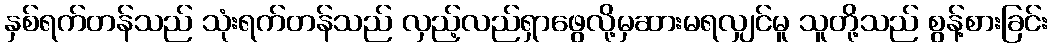
နှစ်ရက်တန်သည် သုံးရက်တန်သည် လှည့်လည်ရှာဖွေလို့မှဆားမရလျှင်မူ သူတို့သည် စွန့်စားခြင်း